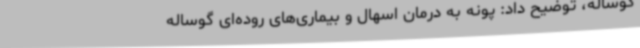
گوساله، توضیح داد: پونه به درمان اسهال و بیماری‌های روده‌ای گوساله